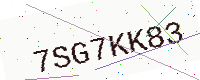
Text: 7SG7KK83